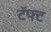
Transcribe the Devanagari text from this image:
टॅफ्ट